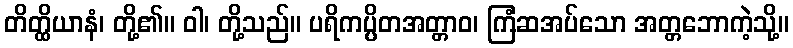
တိတ္ထိယာနံ၊ တို့၏။ ဝါ၊ တို့သည်။ ပရိကပ္ပိတအတ္တာဝ၊ ကြံဆအပ်သော အတ္တဘောကဲ့သို့။